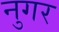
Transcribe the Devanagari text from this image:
नुगर